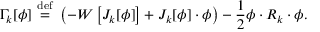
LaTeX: \Gamma _ { k } [ \phi ] \ { \stackrel { \mathrm { d e f } } { = } } \ \left( - W \left[ J _ { k } [ \phi ] \right] + J _ { k } [ \phi ] \cdot \phi \right) - { \frac { 1 } { 2 } } \phi \cdot R _ { k } \cdot \phi .